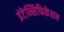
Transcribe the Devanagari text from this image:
इंटेन्सिफिकेशन